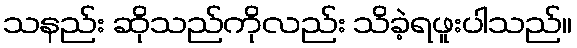
သနည်း ဆိုသည်ကိုလည်း သိခဲ့ရဖူးပါသည်။